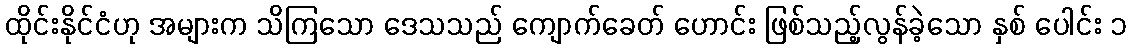
ထိုင်းနိုင်ငံဟု အများက သိကြသော ဒေသသည် ကျောက်ခေတ် ဟောင်း ဖြစ်သည့်လွန်ခဲ့သော နှစ် ပေါင်း ၁